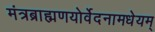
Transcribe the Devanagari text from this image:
मंत्रब्राह्मणयोर्वेदनामधेयम्